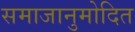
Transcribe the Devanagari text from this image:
समाजानुमोदित